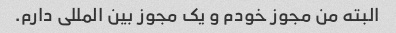
البته من مجوز خودم و یک مجوز بین المللی دارم.